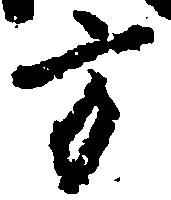
方